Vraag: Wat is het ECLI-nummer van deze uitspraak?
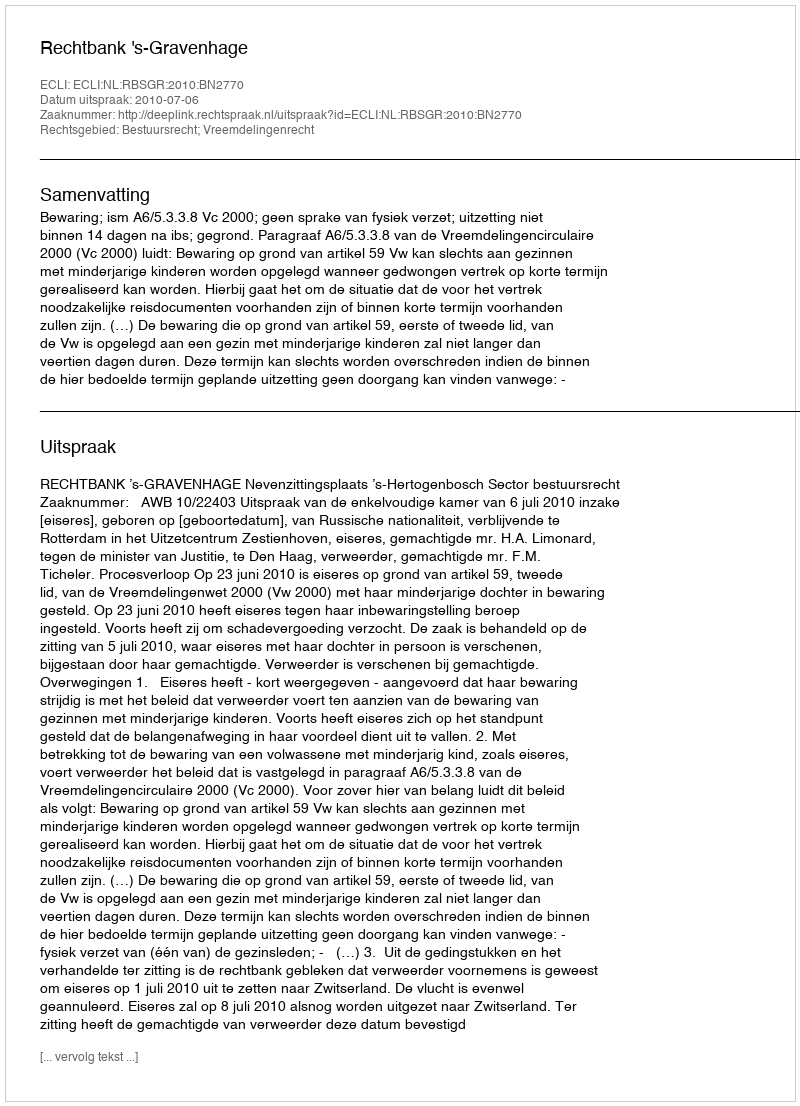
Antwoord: ECLI:NL:RBSGR:2010:BN2770